Civil Veterinary Department. Central Provinces & Berar 1925-31 - 1925-1931
Year: 1925
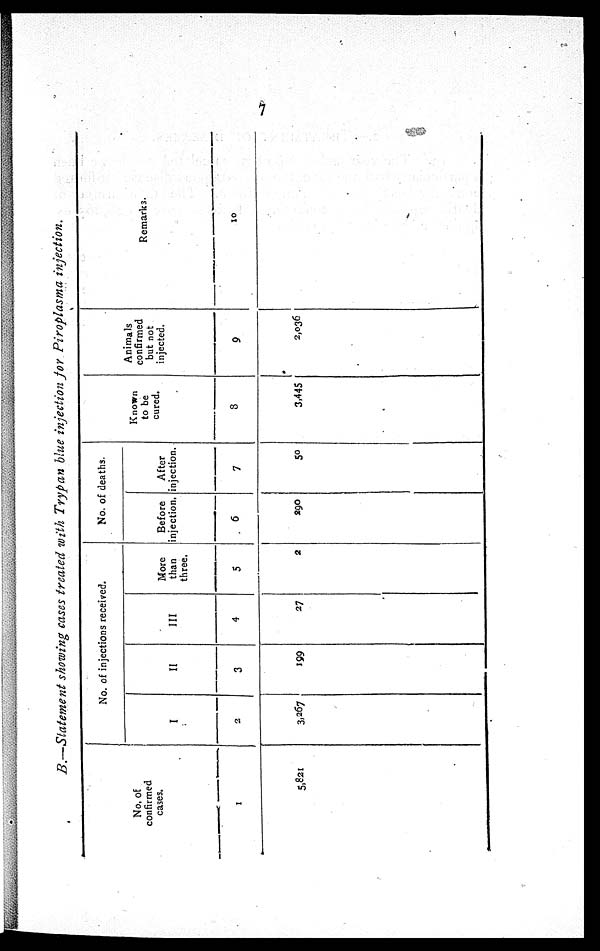
7
B.—Statement showing cases treated with Trypan blue injection for Piroplasma injection.
No. of
confirmed
cases.
1
5,821
No. of injections received.
I
2
3,267
II
3
199
III
4
27
More
than
three.
5
2
No. of deaths.
Before
injection.
6
290
After
injection.
7
50
Known
to be
cured.
8
3,445
Animals
confirmed
but not
injected.
9
2,036
Remarks.
10